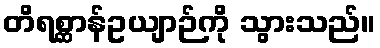
တိရစ္ဆာန်ဥယျာဉ်ကို သွားသည်။